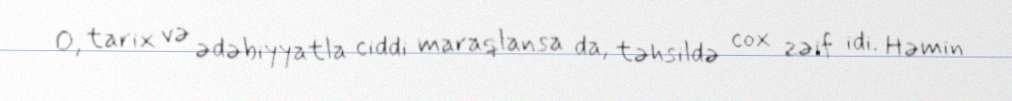
O, tarix və ədəbiyyatla ciddi maraqlansa da, təhsildə cox zəif idi. Həmin